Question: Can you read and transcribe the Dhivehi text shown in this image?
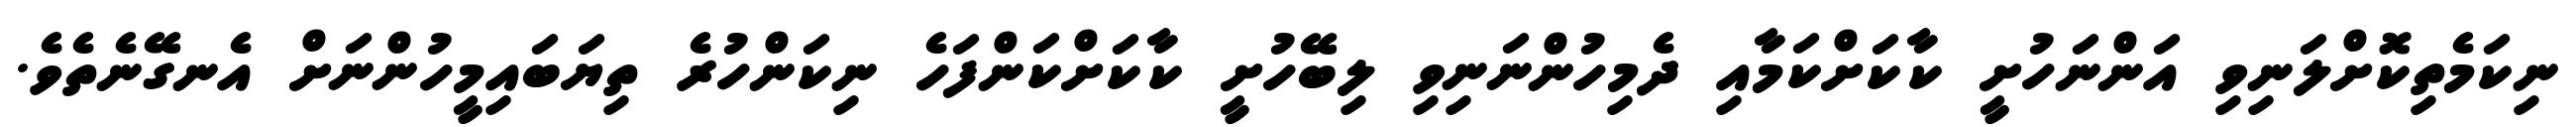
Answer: ނިކަމެތިކޮށްލަނިވި އަންނަހުށީ ކާކަށްކަމާއި ދެމިހުންނަނިވި ލިބޭހުށީ ކާކަށްކަންފަހެ ނިކަންހުރެ ތިޔަބައިމީހުންނަށް އެނގޭނެތެވެ.